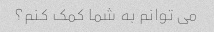
می توانم به شما کمک کنم؟